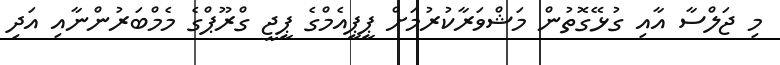
މި ޖަލްސާ އާއި ގުޅޭގޮތުން މަޝްވަރާކުރުމަށް ޕީޕީއެމްގެ ޕީޖީ ގްރޫޕްގެ މެމްބަރުންނާއި އަދި